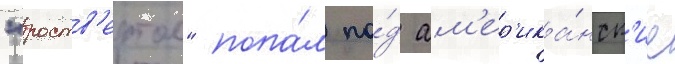
"роств'ертол" попа́л по́д ам'ер'ика́нск'ие